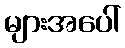
များအပေါ်